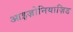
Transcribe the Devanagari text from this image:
आइज़ोनियाज़िड